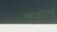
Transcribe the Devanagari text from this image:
काक्कोम्बु